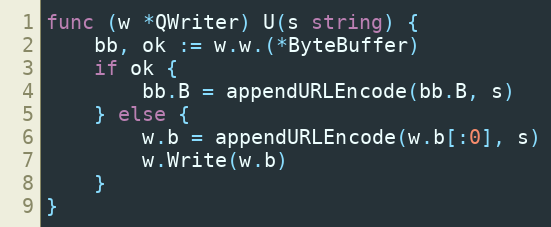
Language: Go
func (w *QWriter) U(s string) {
	bb, ok := w.w.(*ByteBuffer)
	if ok {
		bb.B = appendURLEncode(bb.B, s)
	} else {
		w.b = appendURLEncode(w.b[:0], s)
		w.Write(w.b)
	}
}